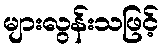
များလွန်းသဖြင့်